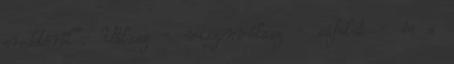
eredetéről". Válasz - viszonválasz - cáfolat - és a